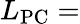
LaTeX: L_{\mathrm{PC}}=